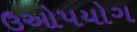
ઉઓપયોગ